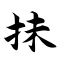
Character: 抹